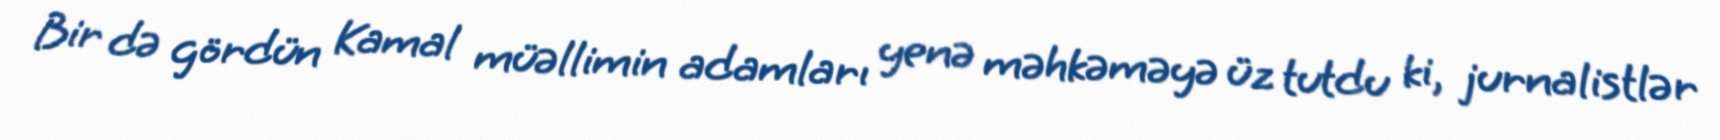
Bir də gördün Kamal müəllimin adamları yenə məhkəməyə üz tutdu ki, jurnalistlər